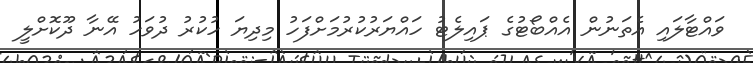
ވައްޓާލައި އެތަނުން އެއްބޯޓުގެ ޕައިލެޓު ހައްޔަރުކުރުމަށްފަހު މިދިޔަ ހުކުރު ދުވަހު އޭނާ ދޫކޮށްލީ